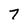
Character: 7